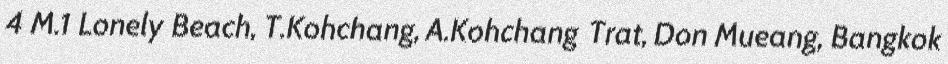
4 M.1 Lonely Beach, T.Kohchang, A.Kohchang Trat, Don Mueang, Bangkok